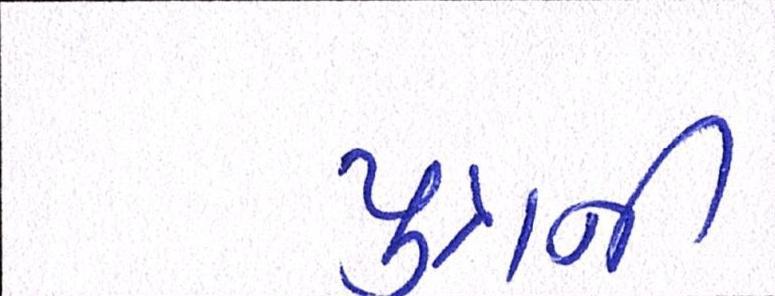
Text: પુત્રની